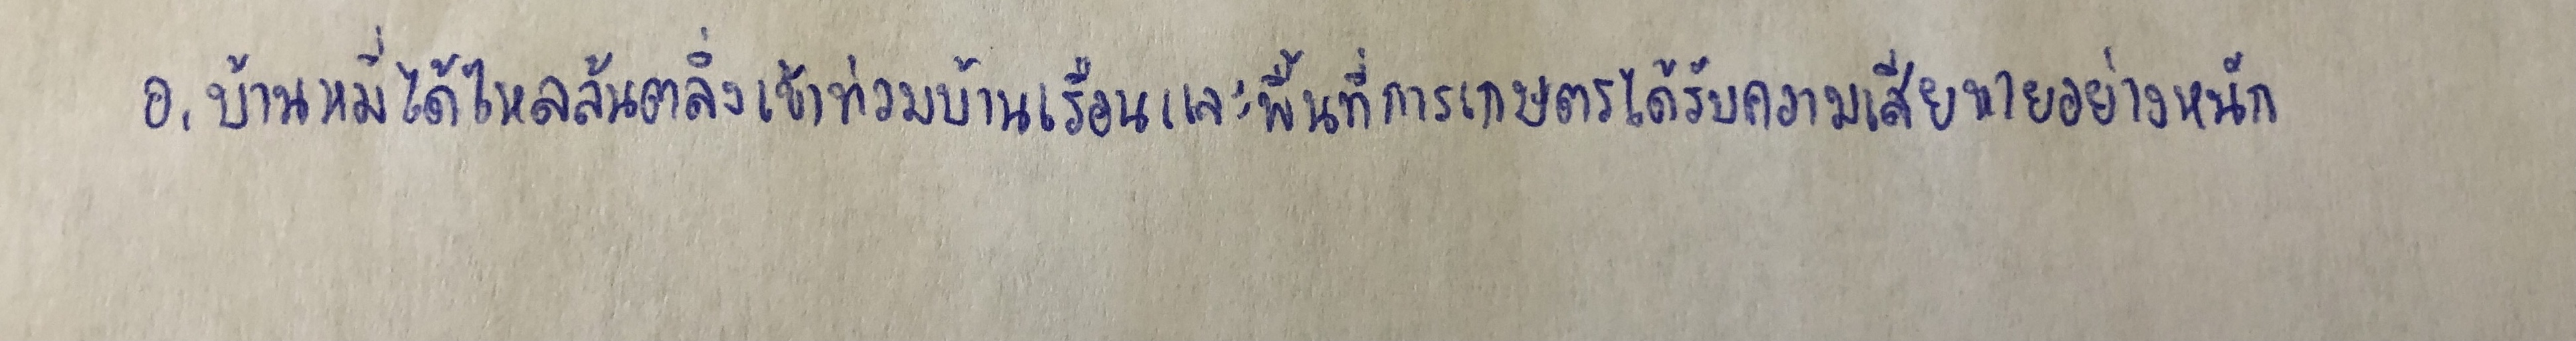
อ.บ้านหมี่ได้ไหลล้นตลิ่งเข้าท่วมบ้านเรือนและพื้นที่การเกษตรได้รับความเสียหายอย่างหนัก